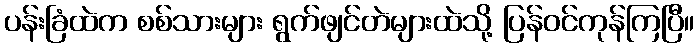
ပန်းခြံထဲက စစ်သားများ ရွက်ဖျင်တဲများထဲသို့ ပြန်ဝင်ကုန်ကြပြီ။